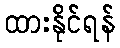
ထားနိုင်ရန်